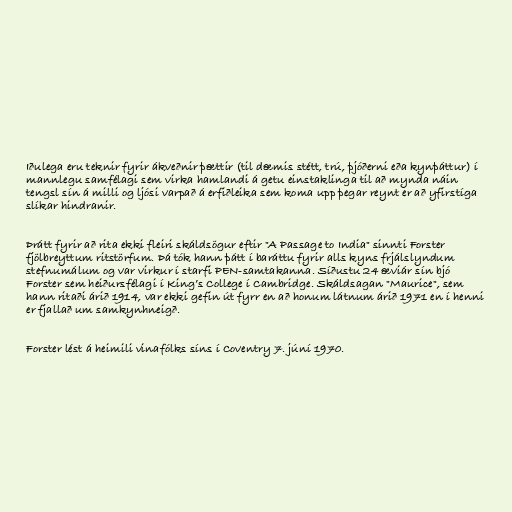
Iðulega eru teknir fyrir ákveðnir þættir (til dæmis stétt, trú, þjóðerni eða kynþáttur) í
mannlegu samfélagi sem virka hamlandi á getu einstaklinga til að mynda náin
tengsl sín á milli og ljósi varpað á erfiðleika sem koma upp þegar reynt er að yfirstíga
slíkar hindranir.

Þrátt fyrir að rita ekki fleiri skáldsögur eftir "A Passage to India" sinnti Forster
fjölbreyttum ritstörfum. Þá tók hann þátt í baráttu fyrir alls kyns frjálslyndum
stefnumálum og var virkur í starfi PEN-samtakanna. Síðustu 24 æviár sín bjó
Forster sem heiðursfélagi í King’s College í Cambridge. Skáldsagan "Maurice", sem
hann ritaði árið 1914, var ekki gefin út fyrr en að honum látnum árið 1971 en í henni
er fjallað um samkynhneigð.

Forster lést á heimili vinafólks síns í Coventry 7. júní 1970.